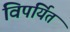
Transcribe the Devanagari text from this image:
विपर्यित